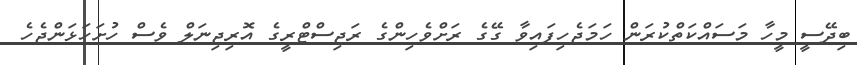
ބިދޭސީ މީހާ މަސައްކަތްކުރަން ހަމަޖެހިފައިވާ ގޭގެ ރަށްވެހިންގެ ރަޖިސްޓްރީގެ އޮރިޖިނަލް ވެސް ހުށަހަަޅަންޖެހެ